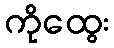
ကိုထွေး